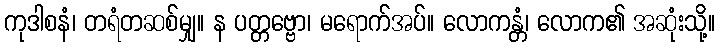
ကုဒါစနံ၊ တရံတဆစ်မျှ။ န ပတ္တဗ္ဗော၊ မရောက်အပ်။ လောကန္တံ၊ လောက၏ အဆုံးသို့။